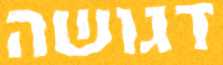
דגושה